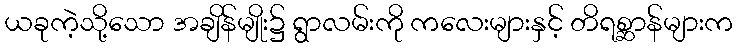
ယခုကဲ့သို့သော အချိန်မျိုး၌ ရွာလမ်းကို ကလေးများနှင့် တိရစ္ဆာန်များက